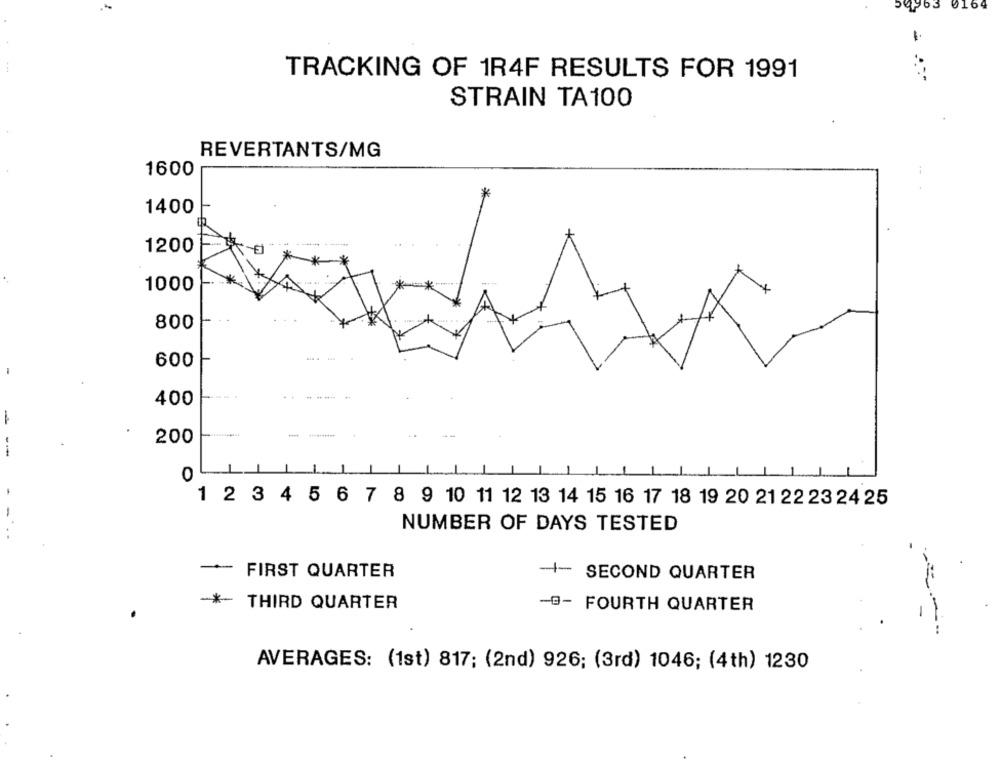
TRACKING OF 1R4F RESULTS FOR 1991
STRAIN TA100
REVERTANTS/MG
1600
1400
1200
1000
800
---
600
--- -
400
200
0
1 2 3 4 5 6 7 8 9 10 11 12 13 14 15 16 17 18 19 20 21 22 23 24 25
NUMBER OF DAYS TESTED
FIRST QUARTER
-+- SECOND QUARTER
-*
THIRD QUARTER
-B- FOURTH QUARTER
AVERAGES: (1st) 817; (2nd) 926; (3rd) 1046; (4th) 1230